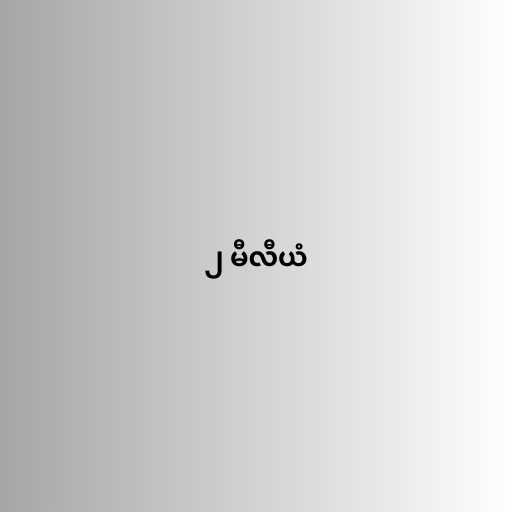
၂ မီလီယံ